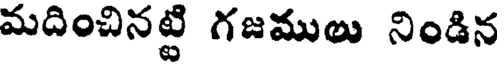
మదించినట్టి గజములు నిండిన